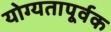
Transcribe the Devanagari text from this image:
योग्‍यतापूर्वक